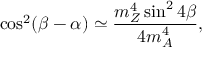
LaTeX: \cos ^ { 2 } ( \beta - \alpha ) \simeq \frac { m _ { Z } ^ { 4 } \sin ^ { 2 } 4 \beta } { 4 m _ { A } ^ { 4 } } ,